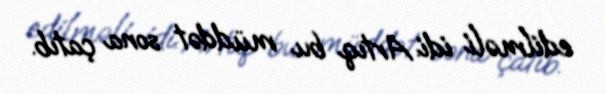
edilməli idi. Artıq bu müddət sona çatıb.